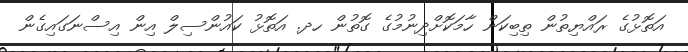
އަތޮޅުގެ ރައްޔިތުން ތިބިކަން ހާމަކޮށްދިނުމުގެ ގޮތުން ހދ. އަތޮޅު ކައުންސިލް އިން އިސްނަގައިގެން